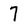
Character: 7